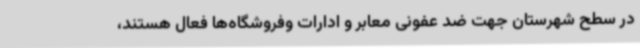
در سطح شهرستان جهت ضد عفونی معابر و ادارات وفروشگاه‌ها فعال هستند،